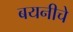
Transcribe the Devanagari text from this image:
बयनीचे